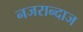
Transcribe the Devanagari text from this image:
नजरान्दाज